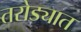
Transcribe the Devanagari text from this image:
तरोड्यात